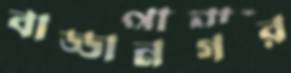
বাড্ডানগর